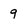
Character: 9